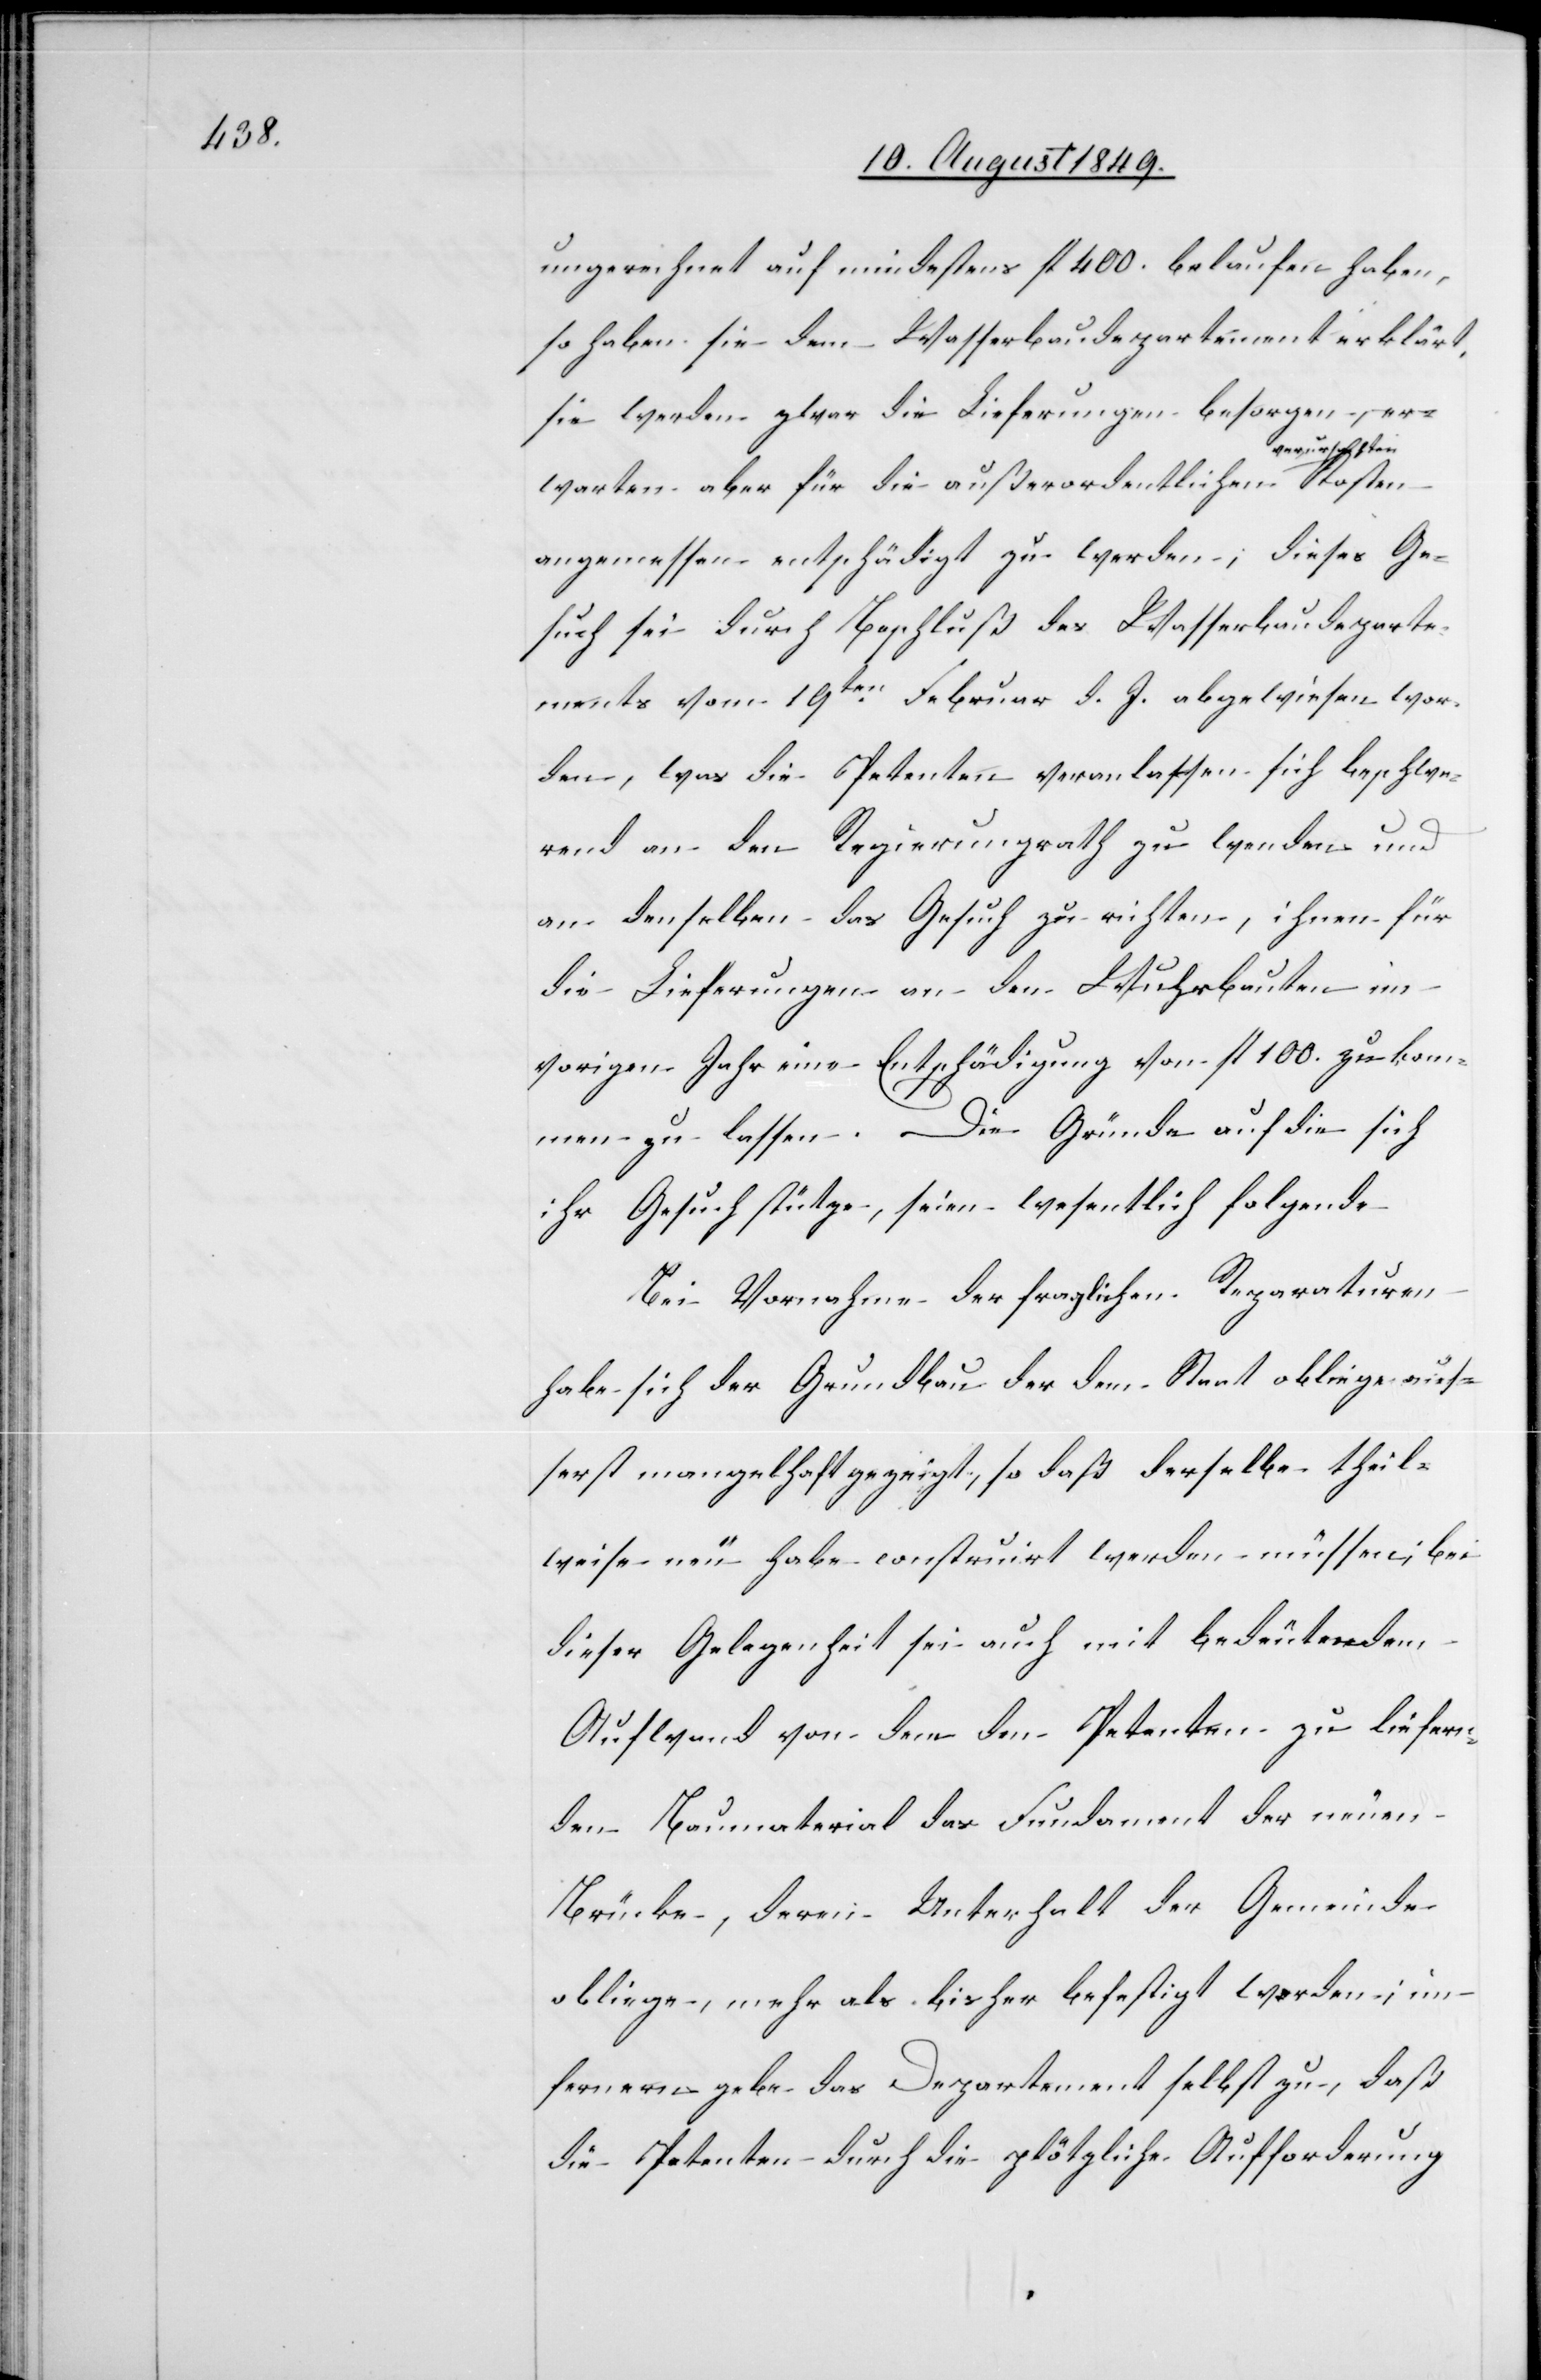
ungerechnet auf mindestens fl. 400. belaufen haben[]],
so haben sie dem Wasserbaudepartement erklärt,
sie werden zwar die Lieferungen besorgen, er¬
ursachten-a
warten aber für die außerordentlichen a-ver¬
angemessen entschädigt zu werden, dieses Ge¬
such sei durch Beschluß des Wasserbaudeparte¬
ments vom 19ten Februar d. J. abgewiesen wor¬
den, was die Petenten veranlassen sich beschwe¬
rend an den Regierungsrath zu wenden und
an denselben das Gesuch zu richten, ihnen für
die Lieferungen an den Wuhrbauten im
vorigen Jahr eine Entschädigung von fl. 100. zukom¬
men zu lassen. Die Gründe auf die sich
ihr Gesuch stütze, seien wesentlich folgende
Bei Vornahme der fraglichen Reparaturen
habe sich der Grundbau der dem Staat obliege ausse¬
rst [sic!] mangelhaft gezeigt, so daß derselbe theil¬
weise neu habe construirt werden müssen, bei
dieser Gelegenheit sei auch mit bedeutendem
Aufwand von dem den Petenten zu liefern¬
den Baumaterial das Fundament der neuen
Brücke, deren Unterhalt der Gemeinde
obliege, mehr als bisher befestigt werden; im
fernern gebe das Departement selbst zu, daß
die Petenten durch die plötzliche Aufforderung